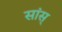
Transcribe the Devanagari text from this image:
सांस्